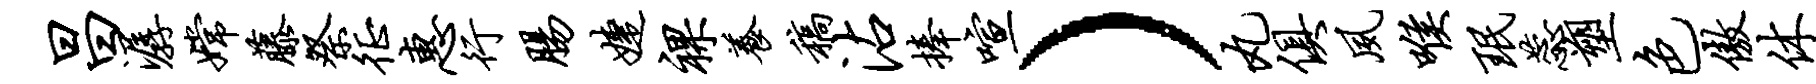
昌潺嫦藤祭徵惠行肠婕裸养稿沾捧喧）丸俱夙喉珉蕊塑色傲休